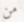
من